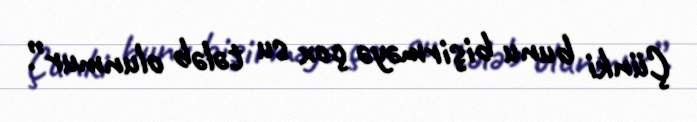
Çünki bunu bişirməyə çox su tələb olunmur”.